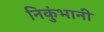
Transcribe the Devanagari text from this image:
निकुंभानी